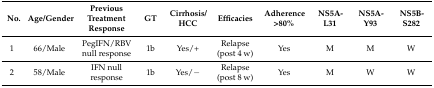
<table><thead><tr><td><b>No.</b></td><td><b>Age/Gender</b></td><td><b>Previous Treatment Response</b></td><td><b>GT</b></td><td><b>Cirrhosis/HCC</b></td><td><b>Efficacies</b></td><td><b>Adherence &gt;80%</b></td><td><b>NS5A-L31</b></td><td><b>NS5A-Y93</b></td><td><b>NS5B-S282</b></td></tr></thead><tbody><tr><td>1</td><td>66/Male</td><td>PegIFN/RBV null response</td><td>1b</td><td>Yes/+</td><td>Relapse (post 4 w)</td><td>Yes</td><td>M</td><td>M</td><td>W</td></tr><tr><td>2</td><td>58/Male</td><td>IFN null response</td><td>1b</td><td>Yes/−</td><td>Relapse (post 8 w)</td><td>Yes</td><td>M</td><td>W</td><td>W</td></tr></tbody></table>